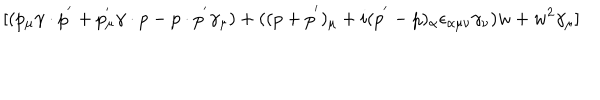
\lbrack ( p _ { \mu } \gamma \cdot p ^ { ^ { \prime } } + p _ { \mu } ^ { ^ { \prime } } \gamma \cdot p - p \cdot p ^ { ^ { \prime } } \gamma _ { \mu } ) + ( ( p + p ^ { ^ { \prime } } ) _ { \mu } + i ( p ^ { ^ { \prime } } - p ) _ { \alpha } \epsilon _ { \alpha \mu \nu } \gamma _ { \nu } ) w + w ^ { 2 } \gamma _ { \mu } ]